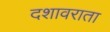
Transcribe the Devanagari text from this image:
दशावराता